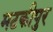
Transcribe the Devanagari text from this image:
मटकीपुर